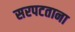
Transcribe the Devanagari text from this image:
सरपटताना